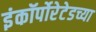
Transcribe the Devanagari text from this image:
इंकॉर्पोरेटेडच्या